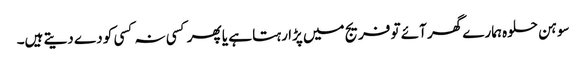
سوہن حلوہ ہمارے گھر آئے تو فریج میں پڑا رہتا ہے یا پھر کسی نہ کسی کو دے دیتے ہیں۔